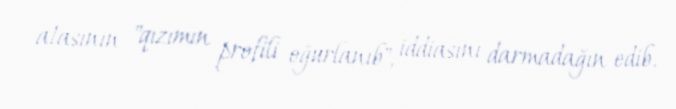
atasının "qızımın profili oğurlanıb", iddiasını darmadağın edib.